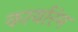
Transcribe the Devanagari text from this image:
कार्यारंम